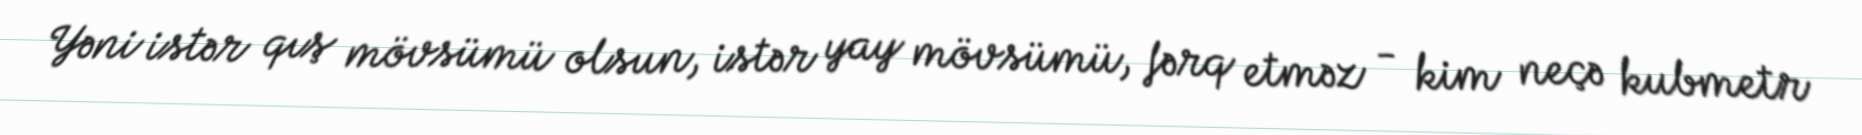
Yəni istər qış mövsümü olsun, istər yay mövsümü, fərq etməz - kim neçə kubmetr